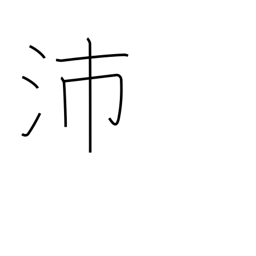
Meaning: big rain